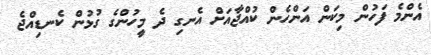
އެންމެ ފަހުން މިކަން އަންހެން ކުއްޖާއަށް އެނގި ދެ މީހުންގެ ގުޅުން ކެނޑިއްޖެ